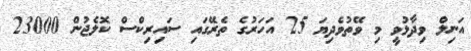
އަނިލް ވިދާޅުވީ މި ވޭތުވެދިޔަ 25 އަހަރުގެ ތެރޭގައި ސައިރިކްސް ކޮލެޖުން 23000